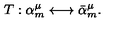
T : \alpha _ { m } ^ { \mu } \longleftrightarrow \bar { \alpha } _ { m } ^ { \mu } .